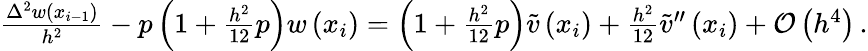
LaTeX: \begin{array}{r}{\frac{{\Delta}^{2}w\left({x}_{i-1}\right)}{{h}^{2}}-{p}\left(1+\frac{{h}^{2}}{12}{p}\right)w\left({x}_{i}\right)=\left(1+\frac{{h}^{2}}{12}{p}\right)\tilde{v}\left({x}_{i}\right)+\frac{{h}^{2}}{12}\tilde{v}^{\prime\prime}\left({x}_{i}\right)+\mathcal{O}\left({h}^{4}\right)\, .}\end{array}